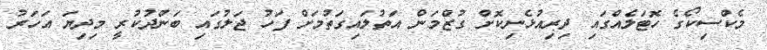
މެކްސިކޯގެ ހޮޓަލެއްގައި ދިރިއުޅެނިކޮށް ގުޒްމަން އަތުލައިގަތުމަށް ފަހު ޖަލުގައި ބަންދުކުރީ މިދިޔަ އަހަރު